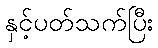
နှင့်ပတ်သက်ပြီး